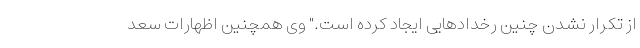
از تکرار نشدن چنین رخدادهایی ایجاد کرده است." وی همچنین اظهارات سعد